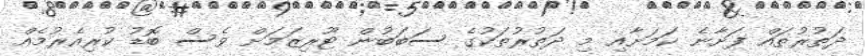
ދަތުރުތައް ފަށާނެ ކަމަށާއި މި ދަތުރުތަކުގެ ސަބަބުން ޓޫރިޒަމަށް ވެސް ބޮޑު ކުރިއެރުމެއް